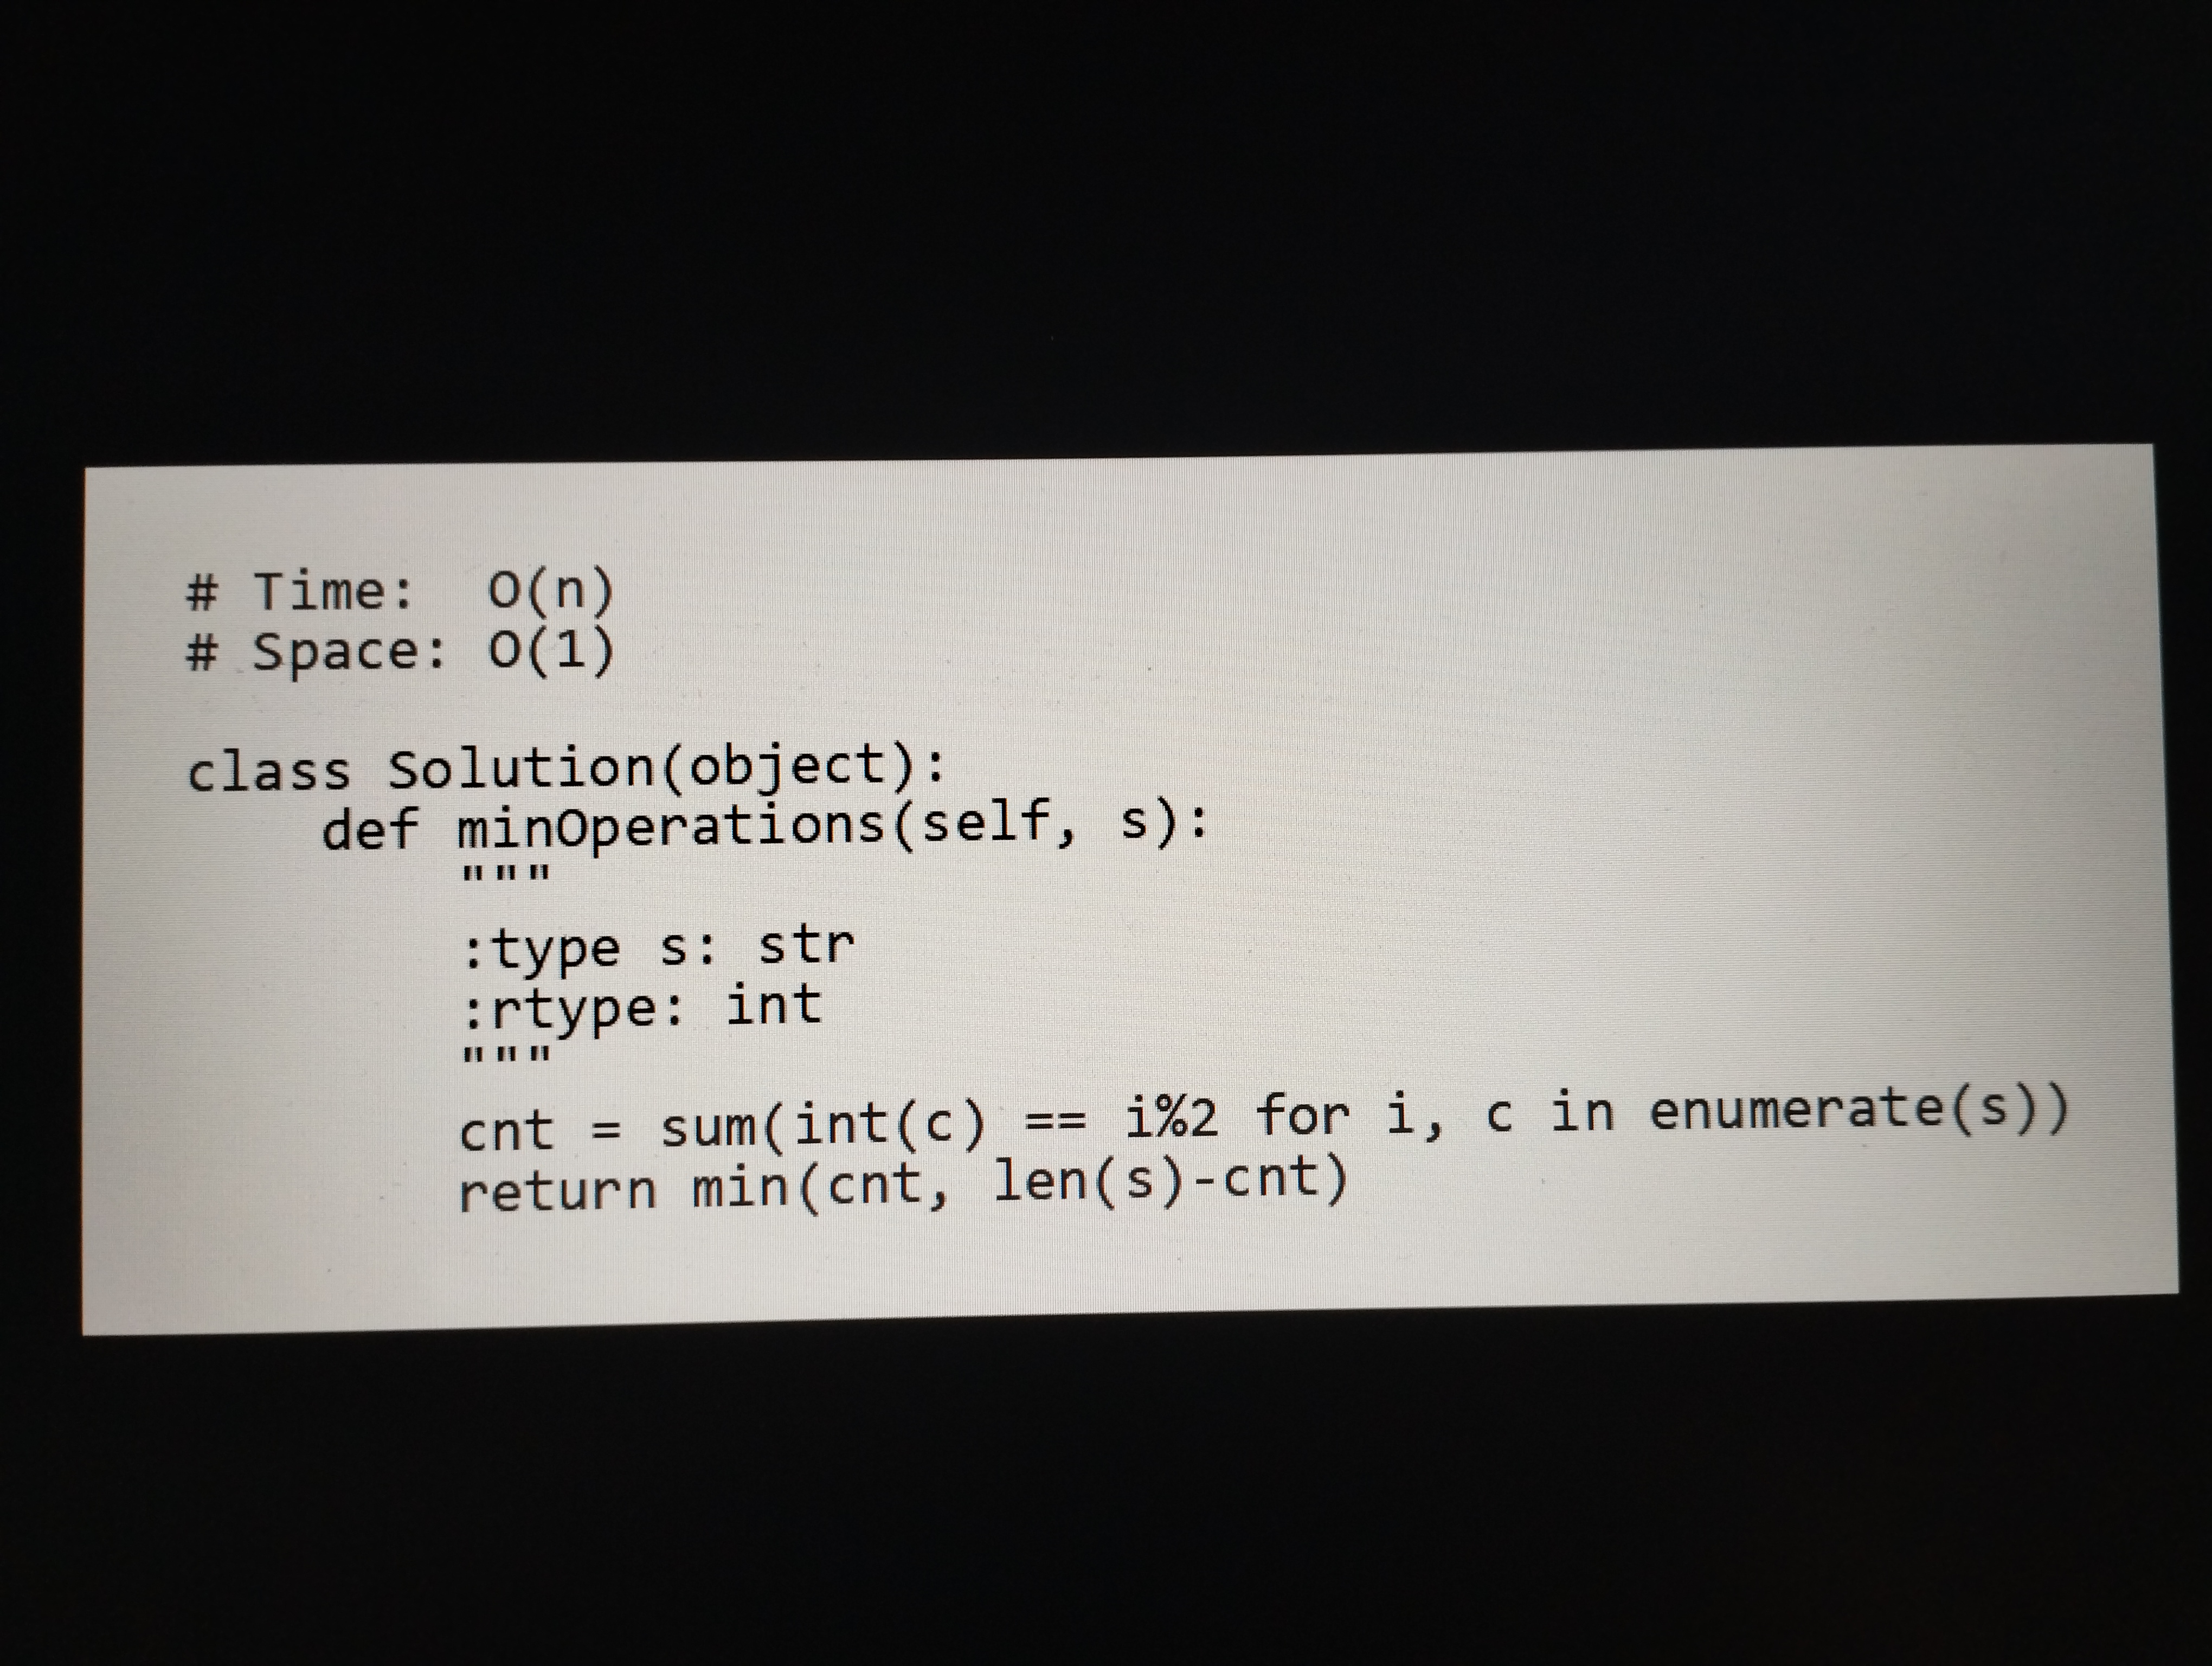
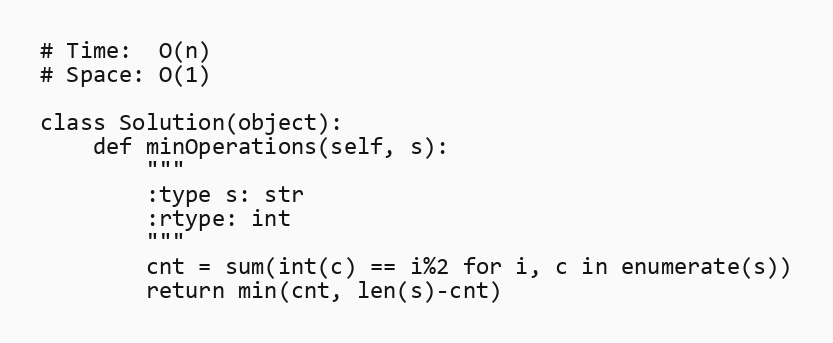
# Time:  O(n)
# Space: O(1)

class Solution(object):
    def minOperations(self, s):
        """
        :type s: str
        :rtype: int
        """
        cnt = sum(int(c) == i%2 for i, c in enumerate(s))
        return min(cnt, len(s)-cnt)